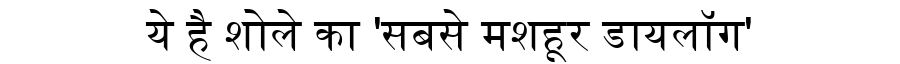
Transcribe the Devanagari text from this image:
ये है शोले का 'सबसे मशहूर डायलॉग'